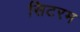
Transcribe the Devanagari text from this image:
सिटरम